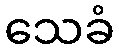
သေခံ